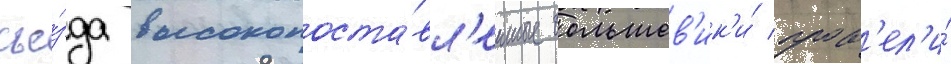
съе́зда высокопоста́вл'енные большев'ик'и́ пров'ел'и́